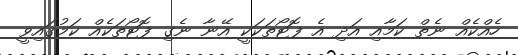
ހެއްކެއް ނެތް ކަމާއި އަދި އެ ފޮޓޯތަކަކީ އޭނާ ނެގި ފޮޓޯތަކެއް ކަމުގައިވީ